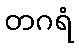
တဂရံ